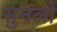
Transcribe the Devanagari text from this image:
सुनलो